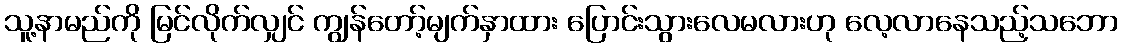
သူ့နာမည်ကို မြင်လိုက်လျှင် ကျွန်တော့်မျက်နှာထား ပြောင်းသွားလေမလားဟု လေ့လာနေသည့်သဘော